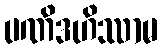
ပဏိဒဟိဿာမ